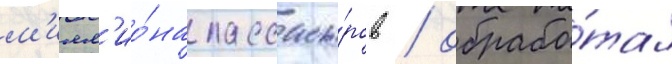
м'илл'ио́на пассажи́ров / обрабо́тал